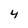
Character: 4